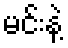
မင်းနဲ့